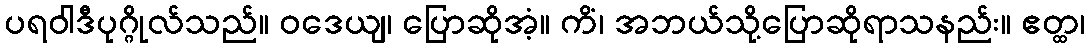
ပရဝါဒီပုဂ္ဂိုလ်သည်။ ဝဒေယျ၊ ပြောဆိုအံ့။ ကိံ၊ အဘယ်သို့ပြောဆိုရာသနည်း။ ဧတ္ထ၊